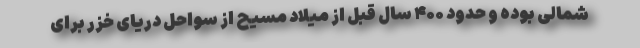
شمالی بوده و حدود ۴۰۰ سال قبل از میلاد مسیح از سواحل دریای خزر برای